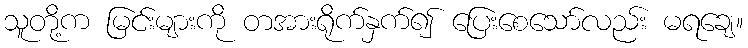
သူတို့က မြင်းများကို တအားရိုက်နှက်၍ ပြေးစေသော်လည်း မရချေ။